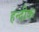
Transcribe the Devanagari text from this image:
हन्दीक